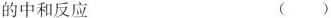
的中和反应 ()